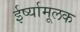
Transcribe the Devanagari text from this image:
ईर्ष्यामूलक